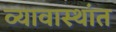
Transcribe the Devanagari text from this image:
व्यावास्थांत